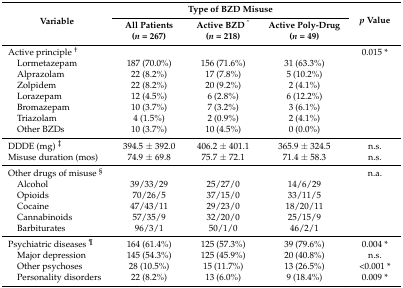
<table><thead><tr><td rowspan="2"><b>Variable</b></td><td colspan="3"><b>Type of BZD Misuse</b></td><td rowspan="2"><b><i>p</i> Value</b></td></tr><tr><td><b>All Patients (<i>n</i> = 267)</b></td><td><b>Active BZD <sup>^</sup> (<i>n</i> = 218)</b></td><td><b>Active Poly-Drug (<i>n</i> = 49)</b></td></tr></thead><tbody><tr><td>Active principle <sup>†</sup></td><td></td><td></td><td></td><td>0.015 *</td></tr><tr><td> Lormetazepam</td><td>187 (70.0%)</td><td>156 (71.6%)</td><td>31 (63.3%)</td><td></td></tr><tr><td> Alprazolam</td><td>22 (8.2%)</td><td>17 (7.8%)</td><td>5 (10.2%)</td><td></td></tr><tr><td> Zolpidem</td><td>22 (8.2%)</td><td>20 (9.2%)</td><td>2 (4.1%)</td><td></td></tr><tr><td> Lorazepam</td><td>12 (4.5%)</td><td>6 (2.8%)</td><td>6 (12.2%)</td><td></td></tr><tr><td> Bromazepam</td><td>10 (3.7%)</td><td>7 (3.2%)</td><td>3 (6.1%)</td><td></td></tr><tr><td> Triazolam</td><td>4 (1.5%)</td><td>2 (0.9%)</td><td>2 (4.1%)</td><td></td></tr><tr><td> Other BZDs</td><td>10 (3.7%)</td><td>10 (4.5%)</td><td>0 (0.0%)</td><td></td></tr><tr><td>DDDE (mg) <sup>‡</sup></td><td>394.5 ± 392.0</td><td>406.2 ± 401.1</td><td>365.9 ± 324.5</td><td>n.s.</td></tr><tr><td>Misuse duration (mos)</td><td>74.9 ± 69.8</td><td>75.7 ± 72.1</td><td>71.4 ± 58.3</td><td>n.s.</td></tr><tr><td>Other drugs of misuse <sup>§</sup></td><td></td><td></td><td></td><td>n.a.</td></tr><tr><td> Alcohol</td><td>39/33/29</td><td>25/27/0</td><td>14/6/29</td><td></td></tr><tr><td> Opioids</td><td>70/26/5</td><td>37/15/0</td><td>33/11/5</td><td></td></tr><tr><td> Cocaine</td><td>47/43/11</td><td>29/23/0</td><td>18/20/11</td><td></td></tr><tr><td> Cannabinoids</td><td>57/35/9</td><td>32/20/0</td><td>25/15/9</td><td></td></tr><tr><td> Barbiturates</td><td>96/3/1</td><td>50/1/0</td><td>46/2/1</td><td></td></tr><tr><td>Psychiatric diseases <sup>¶</sup></td><td>164 (61.4%)</td><td>125 (57.3%)</td><td>39 (79.6%)</td><td>0.004 *</td></tr><tr><td> Major depression</td><td>145 (54.3%)</td><td>125 (45.9%)</td><td>20 (40.8%)</td><td>n.s.</td></tr><tr><td> Other psychoses</td><td>28 (10.5%)</td><td>15 (11.7%)</td><td>13 (26.5%)</td><td>&lt;0.001 *</td></tr><tr><td> Personality disorders</td><td>22 (8.2%)</td><td>13 (6.0%)</td><td>9 (18.4%)</td><td>0.009 *</td></tr></tbody></table>